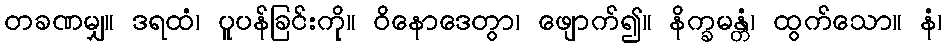
တခဏမျှ။ ဒရထံ၊ ပူပန်ခြင်းကို။ ဝိနောဒေတွာ၊ ဖျောက်၍။ နိက္ခမန္တံ၊ ထွက်သော။ နံ၊